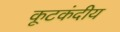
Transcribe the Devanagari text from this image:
कूटकंदीय